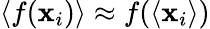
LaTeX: \langle f(\mathbf{x}_{i})\rangle\approx f(\langle\mathbf{x}_{i}\rangle)